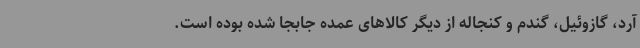
آرد، گازوئیل، گندم و کنجاله از دیگر کالاهای عمده جابجا شده بوده است.